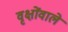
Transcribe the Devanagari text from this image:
वृक्षोंवाले